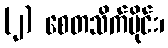
(၂) စေတသိက်ပိုင်း၊